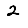
Digit: 2